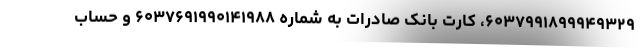
۶۰۳۷۹۹۱۸۹۹۹۴۹۳۲۹، کارت بانک صادرات به شماره ۶۰۳۷۶۹۱۹۹۰۱۴۱۹۸۸ و حساب